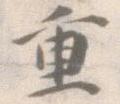
重